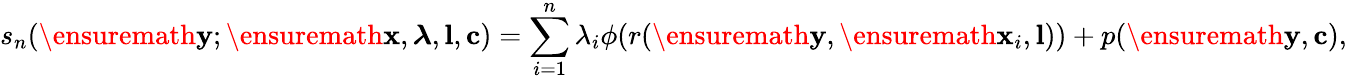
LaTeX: s_{n}(\ensuremath{\mathbf{y}};\ensuremath{\mathbf{x}},\boldsymbol{\lambda},\mathbf{l},\mathbf{c})=\sum_{i=1}^{n}\lambda_{i}\phi(r(\ensuremath{\mathbf{y}},\ensuremath{\mathbf{x}}_{i},\textbf{l}))+p(\ensuremath{\mathbf{y}},\mathbf{c}),